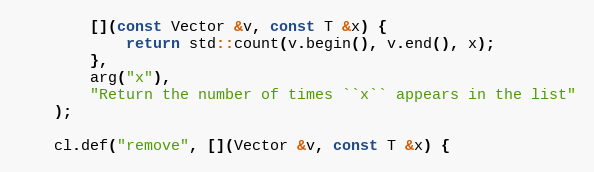
Language: C
        [](const Vector &v, const T &x) {
            return std::count(v.begin(), v.end(), x);
        },
        arg("x"),
        "Return the number of times ``x`` appears in the list"
    );

    cl.def("remove", [](Vector &v, const T &x) {